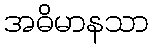
အဓိမာနသာ